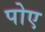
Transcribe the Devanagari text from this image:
पोए